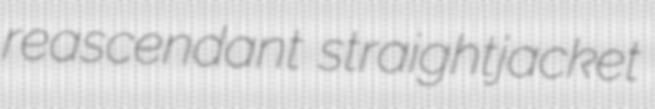
reascendant straightjacket